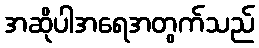
အဆိုပါအရေအတွက်သည်